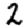
Digit: 2